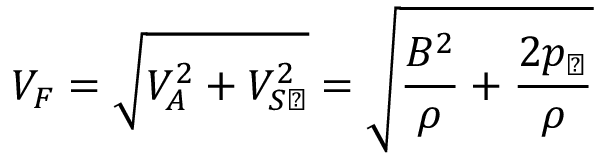
V _ { F } = \sqrt { V _ { A } ^ { 2 } + V _ { S \perp } ^ { 2 } } = \sqrt { \frac { B ^ { 2 } } { \rho } + \frac { 2 p _ { \perp } } { \rho } }